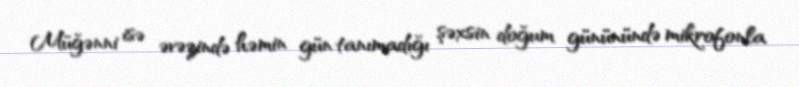
Müğənni isə əvəzində həmin gün tanımadığı şəxsin doğum gününündə mikrofonla